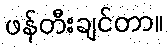
ဖန်တီးချင်တာ။